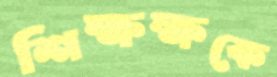
শিক্ষক্ষকে